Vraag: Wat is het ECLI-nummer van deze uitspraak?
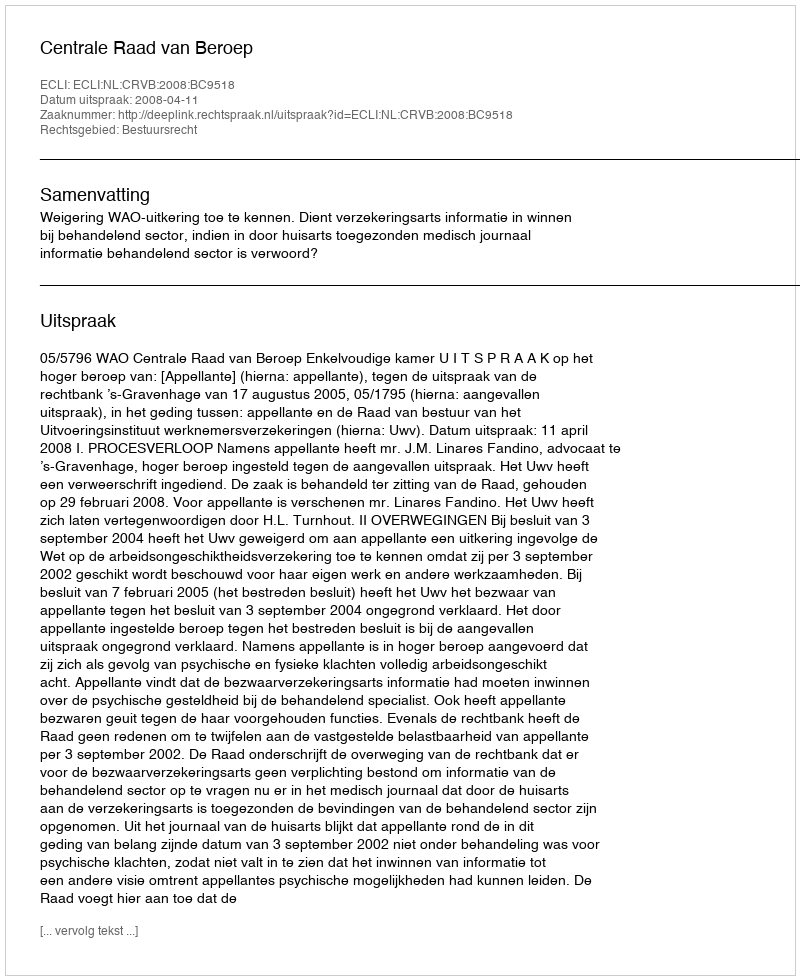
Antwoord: ECLI:NL:CRVB:2008:BC9518